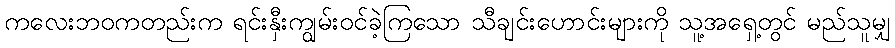
ကလေးဘဝကတည်းက ရင်းနှီးကျွမ်းဝင်ခဲ့ကြသော သီချင်းဟောင်းများကို သူ့အရှေ့တွင် မည်သူမျှ